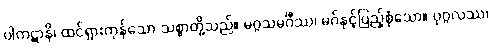
ပါကဋာနိ၊ ထင်ရှားကုန်သော သစ္စာတို့သည်။ မဂ္ဂသမင်္ဂီဿ၊ မဂ်နှင့်ပြည့်စုံသော။ ပုဂ္ဂလဿ၊